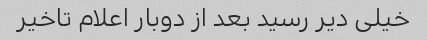
خیلی دیر رسید بعد از دوبار اعلام تاخیر